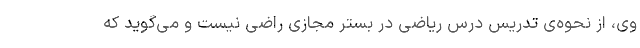
وی، از نحوه‌ی تدریس درس ریاضی در بستر مجازی راضی نیست و می‌گوید که